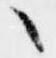
々